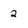
Character: 2